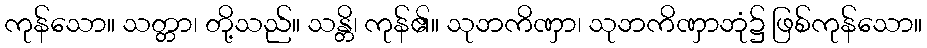
ကုန်သော။ သတ္တာ၊ တို့သည်။ သန္တိ၊ ကုန်၏။ သုဘကိဏှာ၊ သုဘကိဏှာဘုံ၌ ဖြစ်ကုန်သော။